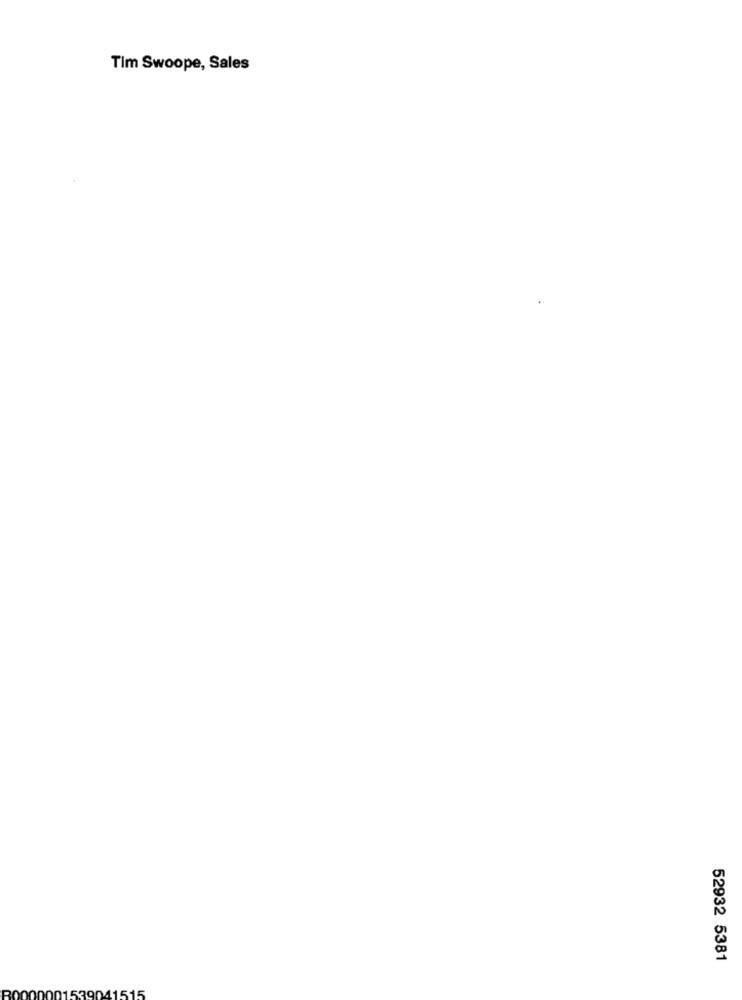
Tim Swoope, Sales
52932 5381